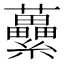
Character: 虆